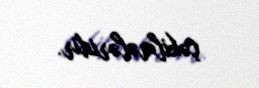
çəkilmələridir.